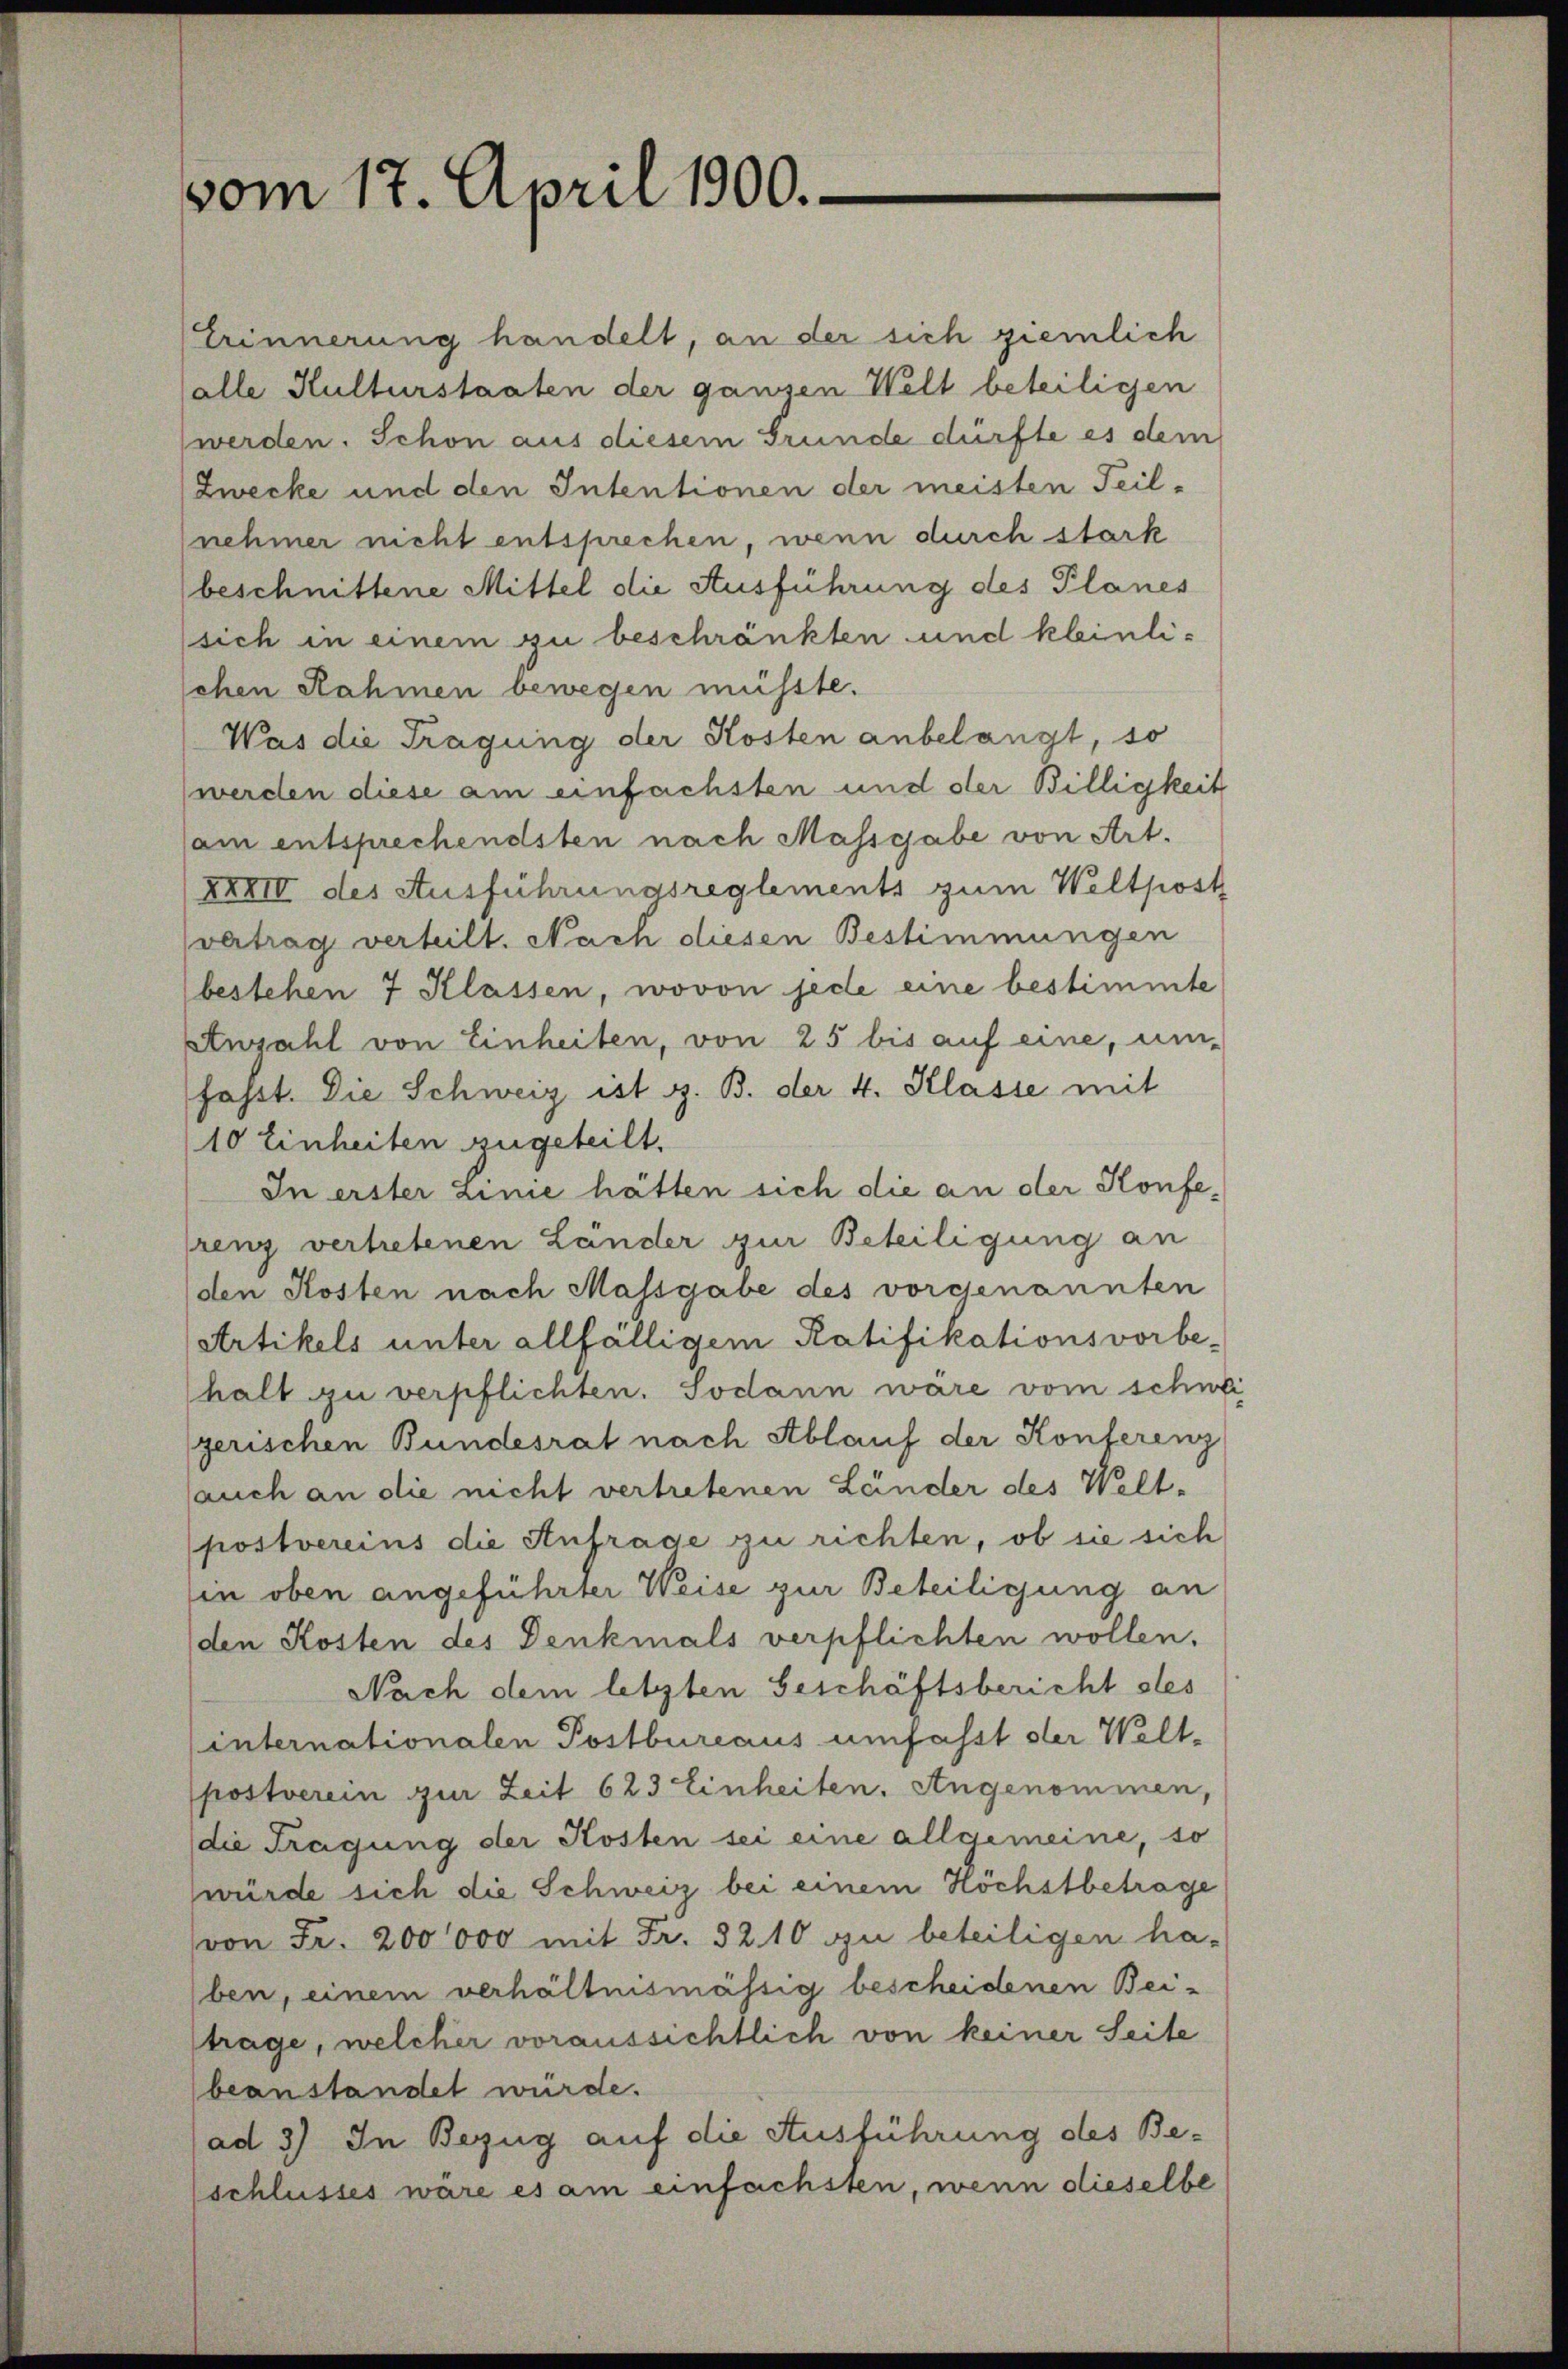
vom 17. April 1900.

Erinnerung handelt, an der sich ziemlich
alle Kulturstaaten der ganzen Welt beteiligen
werden. Schon aus diesem Grunde dürfte es dem
Zwecke und den Intentionen der meisten Teil-
nehmer nicht entsprechen, wenn durch stark
beschnittene Mittel die Ausführung des Planes
sich in einem zu beschränkten und kleinlischen Rahmen bewegen müsste.
Was die Tragung der Kosten anbelangt, so
werden diese am einfachsten und der Billigkeit
am entsprechendsten nach Massgabe von Art.
XXXII des Ausführungsreglements zum Weltpost
vertrag verheilt. Nach diesen Bestimmungen
bestehen 7 Klassen, wovon jede eine bestimmte
Anzahl von Einheiten, von 25 bis auf eine, um-
fasst. Die Schweiz ist z. B. der 4. Klasse mit
10 Einheiten zugeteilt.
In erster Linie hätten sich die an der Konferenz vertretenen Länder zur Beteiligung an
den Kosten nach Massgabe des vorgenannten
Artikels unter allfälligem Ratifikationsvorbe-
halt zu verpflichten. Sodann wäre vom schwei
gerischen Bundesrat nach Ablauf der Konferenz
sauch an die nicht vertretenen Länder des Welt-
postvereins die Anfrage zu richten, ob sie sich
in oben angeführter Weise zur Beteiligung an
den Kosten des Denkmals verpflichten wollen.
Nach dem letzten Geschäftsbericht des
internationalen Postbureaus umfasst der Welt-
postverein zur Zeit 623 Einheiten. Angenommen,
die Tragung der Kosten sei eine allgemeine, so
würde sich die Schweiz bei einem Höchstbetrage
von Fr. 200,000 mit Fr. 3210 zu beteiligen ha-
ben, einem verhältnismässig bescheidenen Bei-
trage, welcher voraussichtlich von keiner Seite
beanstandet würde.
ad 3) In Bezug auf die Ausführung des Beschlusses wäre es am einfachsten, wenn dieselbe